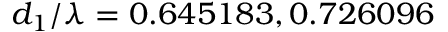
d _ { 1 } / \lambda = 0 . 6 4 5 1 8 3 , 0 . 7 2 6 0 9 6